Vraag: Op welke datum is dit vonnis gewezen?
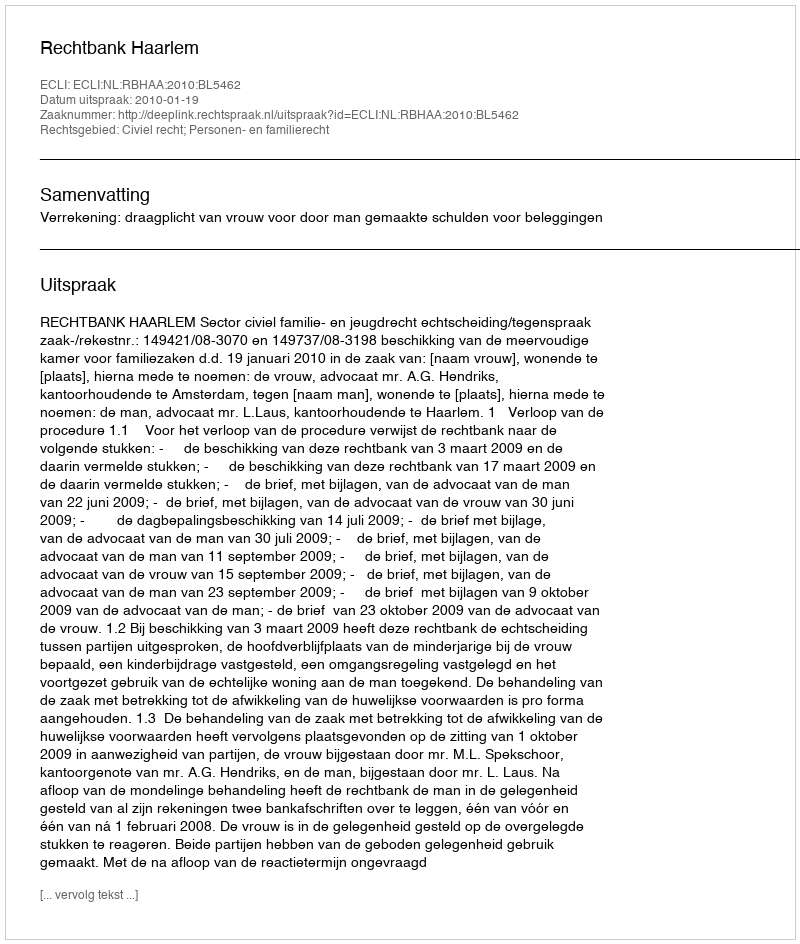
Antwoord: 2010-01-19